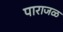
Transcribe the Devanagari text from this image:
पाराजळ